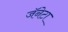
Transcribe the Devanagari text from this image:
जॅनेटा